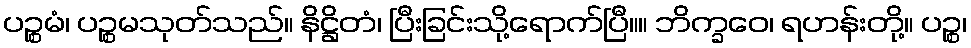
ပဉ္စမံ၊ ပဉ္စမသုတ်သည်။ နိဋ္ဌိတံ၊ ပြီးခြင်းသို့ရောက်ပြီ။။ ဘိက္ခဝေ၊ ရဟန်းတို့။ ပဉ္စ၊